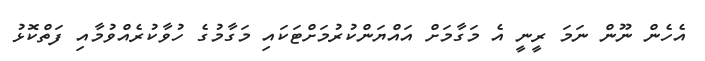
އެހެން ނޫން ނަމަ ރީނީ އެ މަގާމަށް އައްޔަންކުރުމަށްޓަކައި މަގާމުގެ ހުވާކުރެއްވުމާއި ފަތްކޮޅު